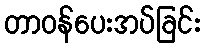
တာဝန်ပေးအပ်ခြင်း